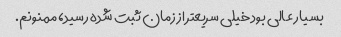
بسیار عالی بود خیلی سریعتر از زمان ثبت شده رسید، ممنونم.